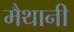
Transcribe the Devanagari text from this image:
मैथानी